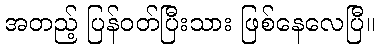
အတည့် ပြန်ဝတ်ပြီးသား ဖြစ်နေလေပြီ။